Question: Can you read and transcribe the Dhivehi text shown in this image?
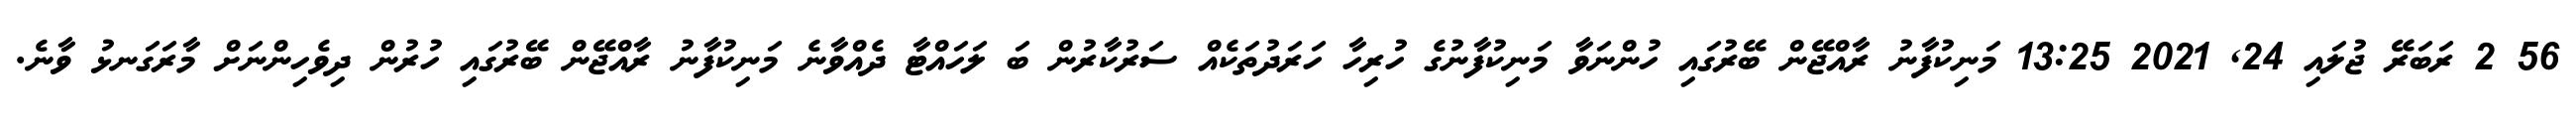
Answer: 56 2 ރަބަރޭ ޖުލައި 24, 2021 13:25 މަނިކުފާނު ރާއްޖޭން ބޭރުގައި ހުންނަވާ މަނިކުފާނުގެ ހުރިހާ ހަރަދުތަކެއް ސަރުކާރުން ބަ ލަހައްޓާ ދެއްވާނެ މަނިކުފާނު ރާއްޖޭން ބޭރުގައި ހުރުން ދިވެހިންނަށް މާރަގަނޅު ވާނެ.